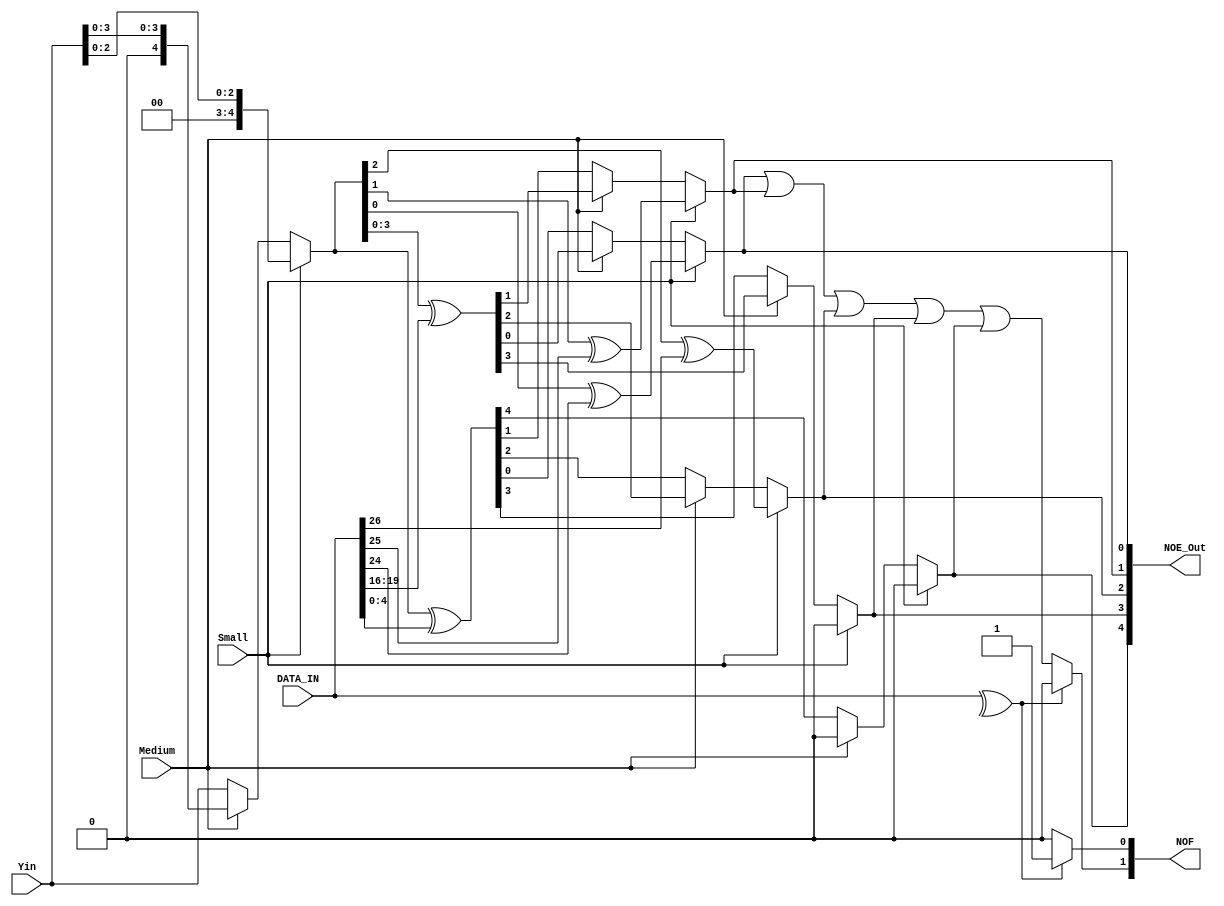
//
// Verilog Module Project_lib.Num_Of_Errors
//
// Created:
//          by - benmaorr.refael,kapelnik.Tal (L330W509)
//          at - 12:18:28 11/22/2021
//
// using Mentor Graphics HDL Designer(TM) 2019.2 (Build 5)
//

`resetall
`timescale 1ns/10ps
module Num_Of_Errors 
(
// input clk,
input [4:0] Yin, // Pirty from the encoder
input [31:0] DATA_IN, // Pirty from the data
input  Small,
input  Medium,
output reg [1:0] NOF , //Number of errors
output reg [4:0] NOE_Out  // telling what row to fix
);
reg [4:0] Prity_Y;
// reg [5:0] Prity_data;
reg [5:0] S;




always@(*) begin : Get_S // Cheking parity and size

  //============================================================//
    if(Small) 
		begin
		  	S[5] <= ^DATA_IN;

			S[4:3] <= 2'b00;
			S[2] <= Prity_Y[2]^DATA_IN[26];
			S[1] <= Prity_Y[1]^DATA_IN[25];
			S[0] <= Prity_Y[0]^DATA_IN[24];
		end
	else 
		if (Medium) 
			begin
			  	S[5] <= ^DATA_IN;

				S[4] <= 1'b0;
				S[3:0] <= Prity_Y[3:0]^DATA_IN[19:16];
			end
		else 
			begin
			  	S[5] <= ^DATA_IN;

				S[4:0] <= Prity_Y[4:0]^DATA_IN[4:0];
			end
end

//============================================================//
always @(*) begin : Check_Number_Of_Errors// Number of errors
  // if(rst) begin
  
    // NOE_Out <= S[4:0]; // Index of error
	//When S[5] is 1 we know theres at least 2 errors
	//else check if S0|..|S5 to know if theres 1 error or not
		if(S[5])
		begin
			// NOF[0] <= S[0] | S[1] | S[2] | S[3] | S[4] ;
			// NOF[1] <= 1'b0;
			NOF <= 2'b01 ; 
		end
		else
			begin
				NOF[0] <= S[5];
				NOF[1] <= S[0] | S[1] | S[2] | S[3] | S[4] ;
			end
   
  end
  
  always @(*) begin : Index_Of_Errors// Number of errors
  
    NOE_Out <= S[4:0]; // Index of error 
   
  end
  

  
always @(*) begin : Get_Both_Parities// Pirty Fixing, set the parity in the right index depending the data width(S/M/L)
		if(Small) 
			begin
				Prity_Y<={{2'b00},{Yin[2:0]}};
			end
		else 
			if (Medium) 
				begin
					Prity_Y<={{1'b0},{Yin[3:0]}};
				end
			else 
				begin
					Prity_Y<=Yin;
				end
	
end


endmodule